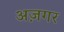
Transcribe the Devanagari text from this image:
अज़गर